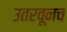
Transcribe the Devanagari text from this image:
उतरवूनच